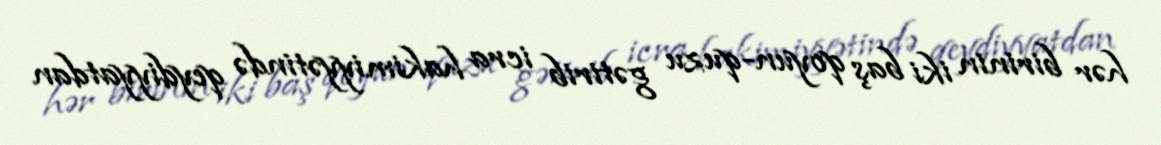
hər birinin iki baş qoyun-quzu gətirib icra hakimiyyətində qeydiyyatdan